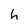
Character: h